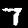
Digit: 7